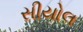
સીયોલ